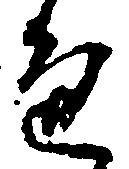
通